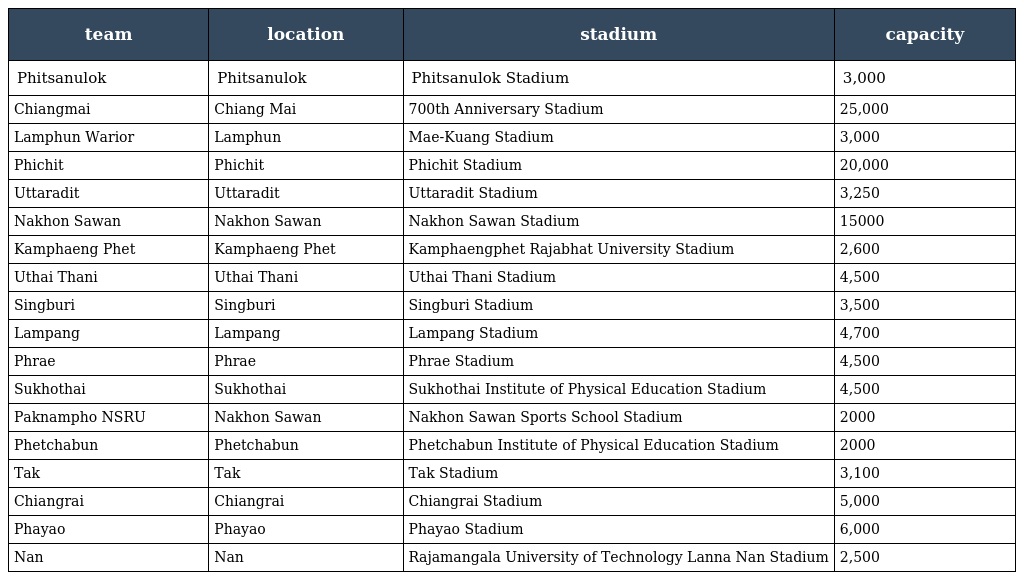
| team | location | stadium | capacity |
 | --- | --- | --- | --- |
 | Phitsanulok | Phitsanulok | Phitsanulok Stadium | 3,000 |
 | Chiangmai | Chiang Mai | 700th Anniversary Stadium | 25,000 |
 | Lamphun Warior | Lamphun | Mae-Kuang Stadium | 3,000 |
 | Phichit | Phichit | Phichit Stadium | 20,000 |
 | Uttaradit | Uttaradit | Uttaradit Stadium | 3,250 |
 | Nakhon Sawan | Nakhon Sawan | Nakhon Sawan Stadium | 15000 |
 | Kamphaeng Phet | Kamphaeng Phet | Kamphaengphet Rajabhat University Stadium | 2,600 |
 | Uthai Thani | Uthai Thani | Uthai Thani Stadium | 4,500 |
 | Singburi | Singburi | Singburi Stadium | 3,500 |
 | Lampang | Lampang | Lampang Stadium | 4,700 |
 | Phrae | Phrae | Phrae Stadium | 4,500 |
 | Sukhothai | Sukhothai | Sukhothai Institute of Physical Education Stadium | 4,500 |
 | Paknampho NSRU | Nakhon Sawan | Nakhon Sawan Sports School Stadium | 2000 |
 | Phetchabun | Phetchabun | Phetchabun Institute of Physical Education Stadium | 2000 |
 | Tak | Tak | Tak Stadium | 3,100 |
 | Chiangrai | Chiangrai | Chiangrai Stadium | 5,000 |
 | Phayao | Phayao | Phayao Stadium | 6,000 |
 | Nan | Nan | Rajamangala University of Technology Lanna Nan Stadium | 2,500 |